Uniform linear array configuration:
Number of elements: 16
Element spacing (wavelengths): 0.25
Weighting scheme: cosine
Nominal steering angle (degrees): -15
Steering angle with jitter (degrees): -16.192
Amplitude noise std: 0.05
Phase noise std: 0.05

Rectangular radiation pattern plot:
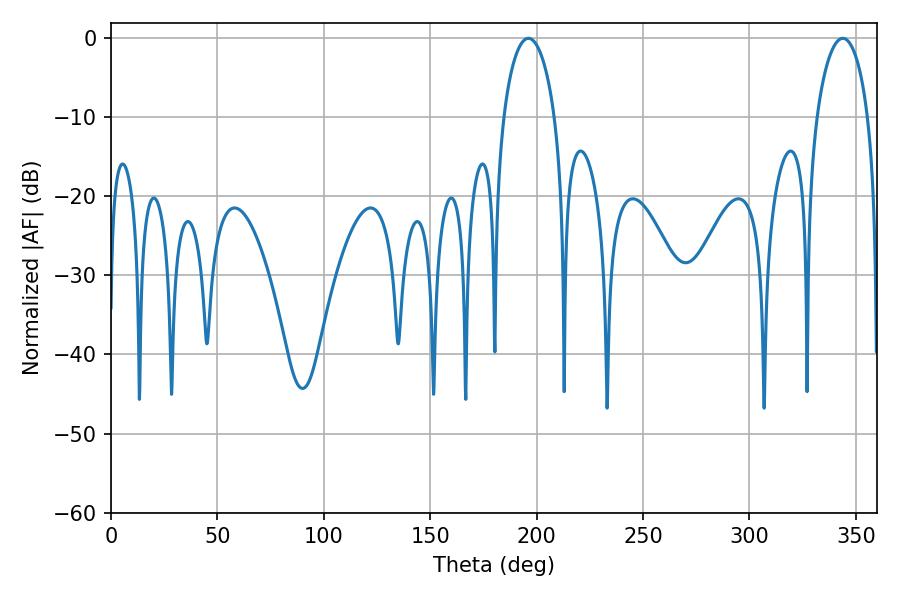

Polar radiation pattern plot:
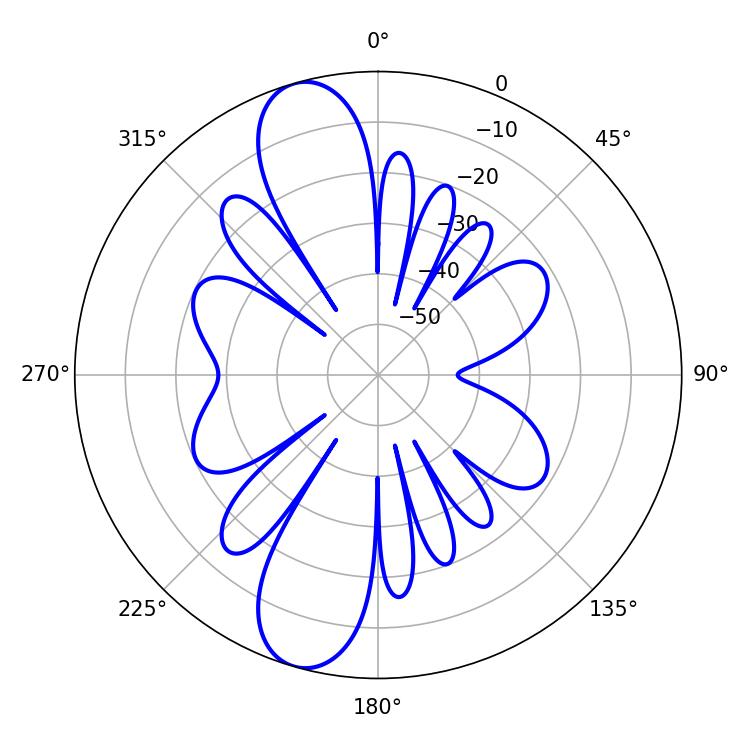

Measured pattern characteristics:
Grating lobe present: FALSE
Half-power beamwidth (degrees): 13.86
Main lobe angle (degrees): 196.2